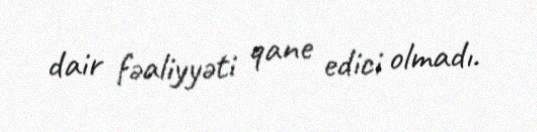
dair fəaliyyəti qane edici olmadı.